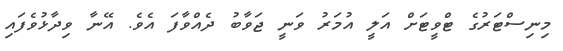
މިނިސްޓަރުގެ ޓްވީޓަށް އަލީ އުމަރު ވަނީ ޖަވާބު ދެއްވާފަ އެވެ. އޭނާ ވިދާޅުވެފައި